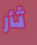
ثأر